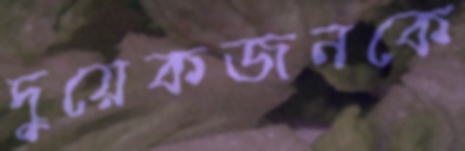
দুয়েকজনকে